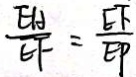
\frac { E A } { E F } = \frac { E F } { E P }